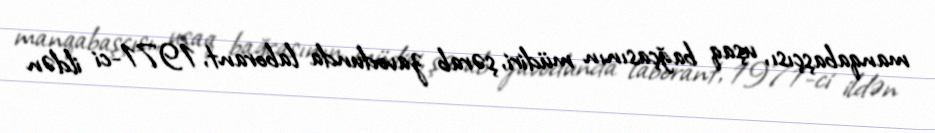
manqabaşçısı, uşaq bağçasının müdiri, şərab zavodunda laborant, 1971-ci ildən